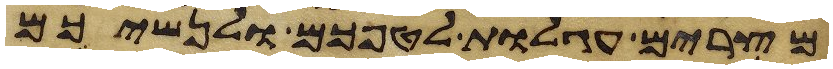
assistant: מצרים עגלות לטפכם ולנשיכם